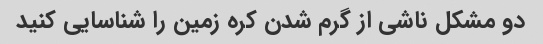
دو مشکل ناشی از گرم شدن کره زمین را شناسایی کنید